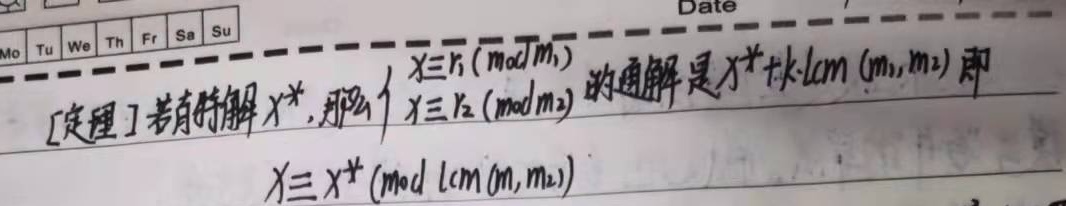
[定理] 若有特解\(x^{*}\)，那么\(\begin{cases}x\equiv r_1\pmod{m_1}\\x\equiv r_2\pmod{m_2}\end{cases}\)的通解是\(x^{*}+k\cdot\text{lcm}(m_1,m_2)\)，即\(x\equiv x^{*}\pmod{\text{lcm}(m_1,m_2)}\)